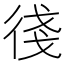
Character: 㣤